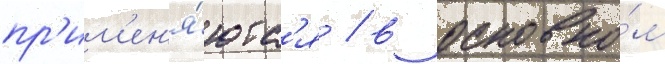
пр'им'ен'я́ютс'я / в основно́м